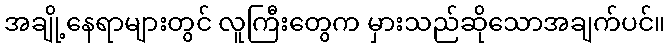
အချို့နေရာများတွင် လူကြီးတွေက မှားသည်ဆိုသောအချက်ပင်။